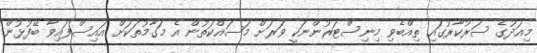
މިއަދުގެ ސަރުކާރުގައި ތިއްބެވި މިނިސްޓަރުންނަކީ ވަރަށް މަސައްކަތުން އެ މަގާމުތަކަށް އައިސްފައިވާ ބޭފުޅުން